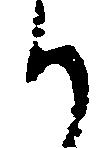
か